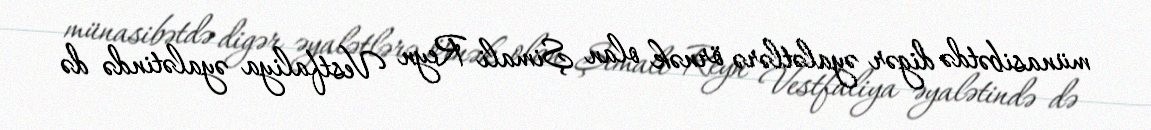
münasibətdə digər əyalətlərə örnək olan Şimali Reyn Vestfaliya əyalətində də